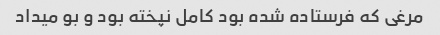
مرغی که فرستاده شده بود کامل نپخته بود و بو میداد